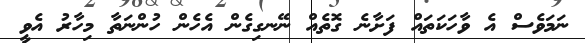
ނަމަވެސް އެ ވާހަކަތައް ފަށާނެ ގޮތެއް ނޭނގިގެން އެހެން ހުންނަތާ މިހާރު އެވީ